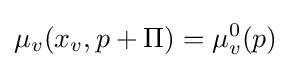
\mu _{v}(x_{v},p+\Pi )=\mu _{v}^{0}(p)